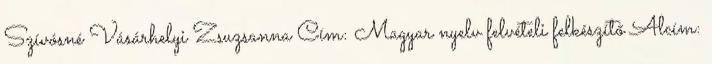
Szívósné Vásárhelyi Zsuzsanna Cím: Magyar nyelv felvételi felkészítő Alcím: